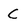
Character: C